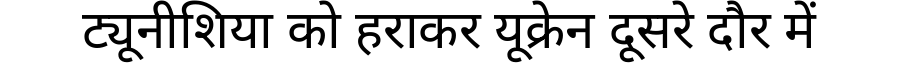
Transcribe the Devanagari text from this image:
ट्यूनीशिया को हराकर यूक्रेन दूसरे दौर में